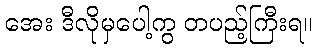
အေး ဒီလိုမှပေါ့ကွ တပည့်ကြီးရ။